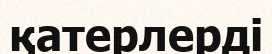
қатерлерді